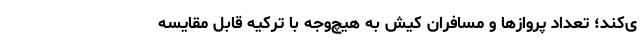
ی‌کند؛ تعداد پروازها و مسافران کیش به هیچ‌وجه با ترکیه قابل مقایسه